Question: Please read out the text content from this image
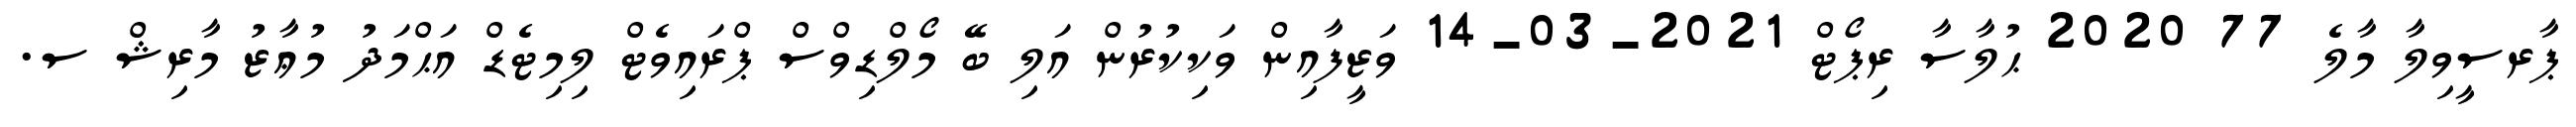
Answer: ޕާރސީވިލާ މާލެ 77 2020 ޙުލާސާ ރިޕޯޓް 2021-03-14 ވަޒީފާއިން ވަކިކުރުން އަލި ބޭ މޯލްޑިވްސް ޕްރައިވެޓް ލިމިޓެޑް އަޙްމަދު މުޢާޒު މާރިޝް ސ.